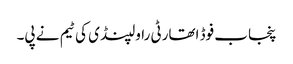
پنجاب فوڈ اتھارٹی راولپنڈی کی ٹیم نے پی۔